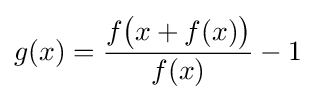
g(x)={\frac {f{\bigl (}x+f(x){\bigr )}}{f(x)}}-1